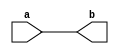
module equate(a,b);

input [1:0]a;
output [1:0]b;

assign b[1:0]=a[1:0];

endmodule